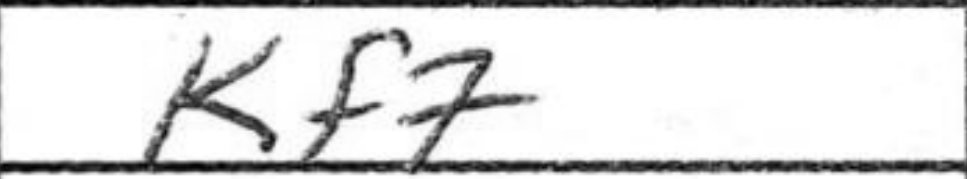
Transcription: Kf7